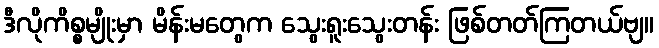
ဒီလိုကိစ္စမျိုးမှာ မိန်းမတွေက သွေးရူးသွေးတန်း ဖြစ်တတ်ကြတယ်ဗျ။